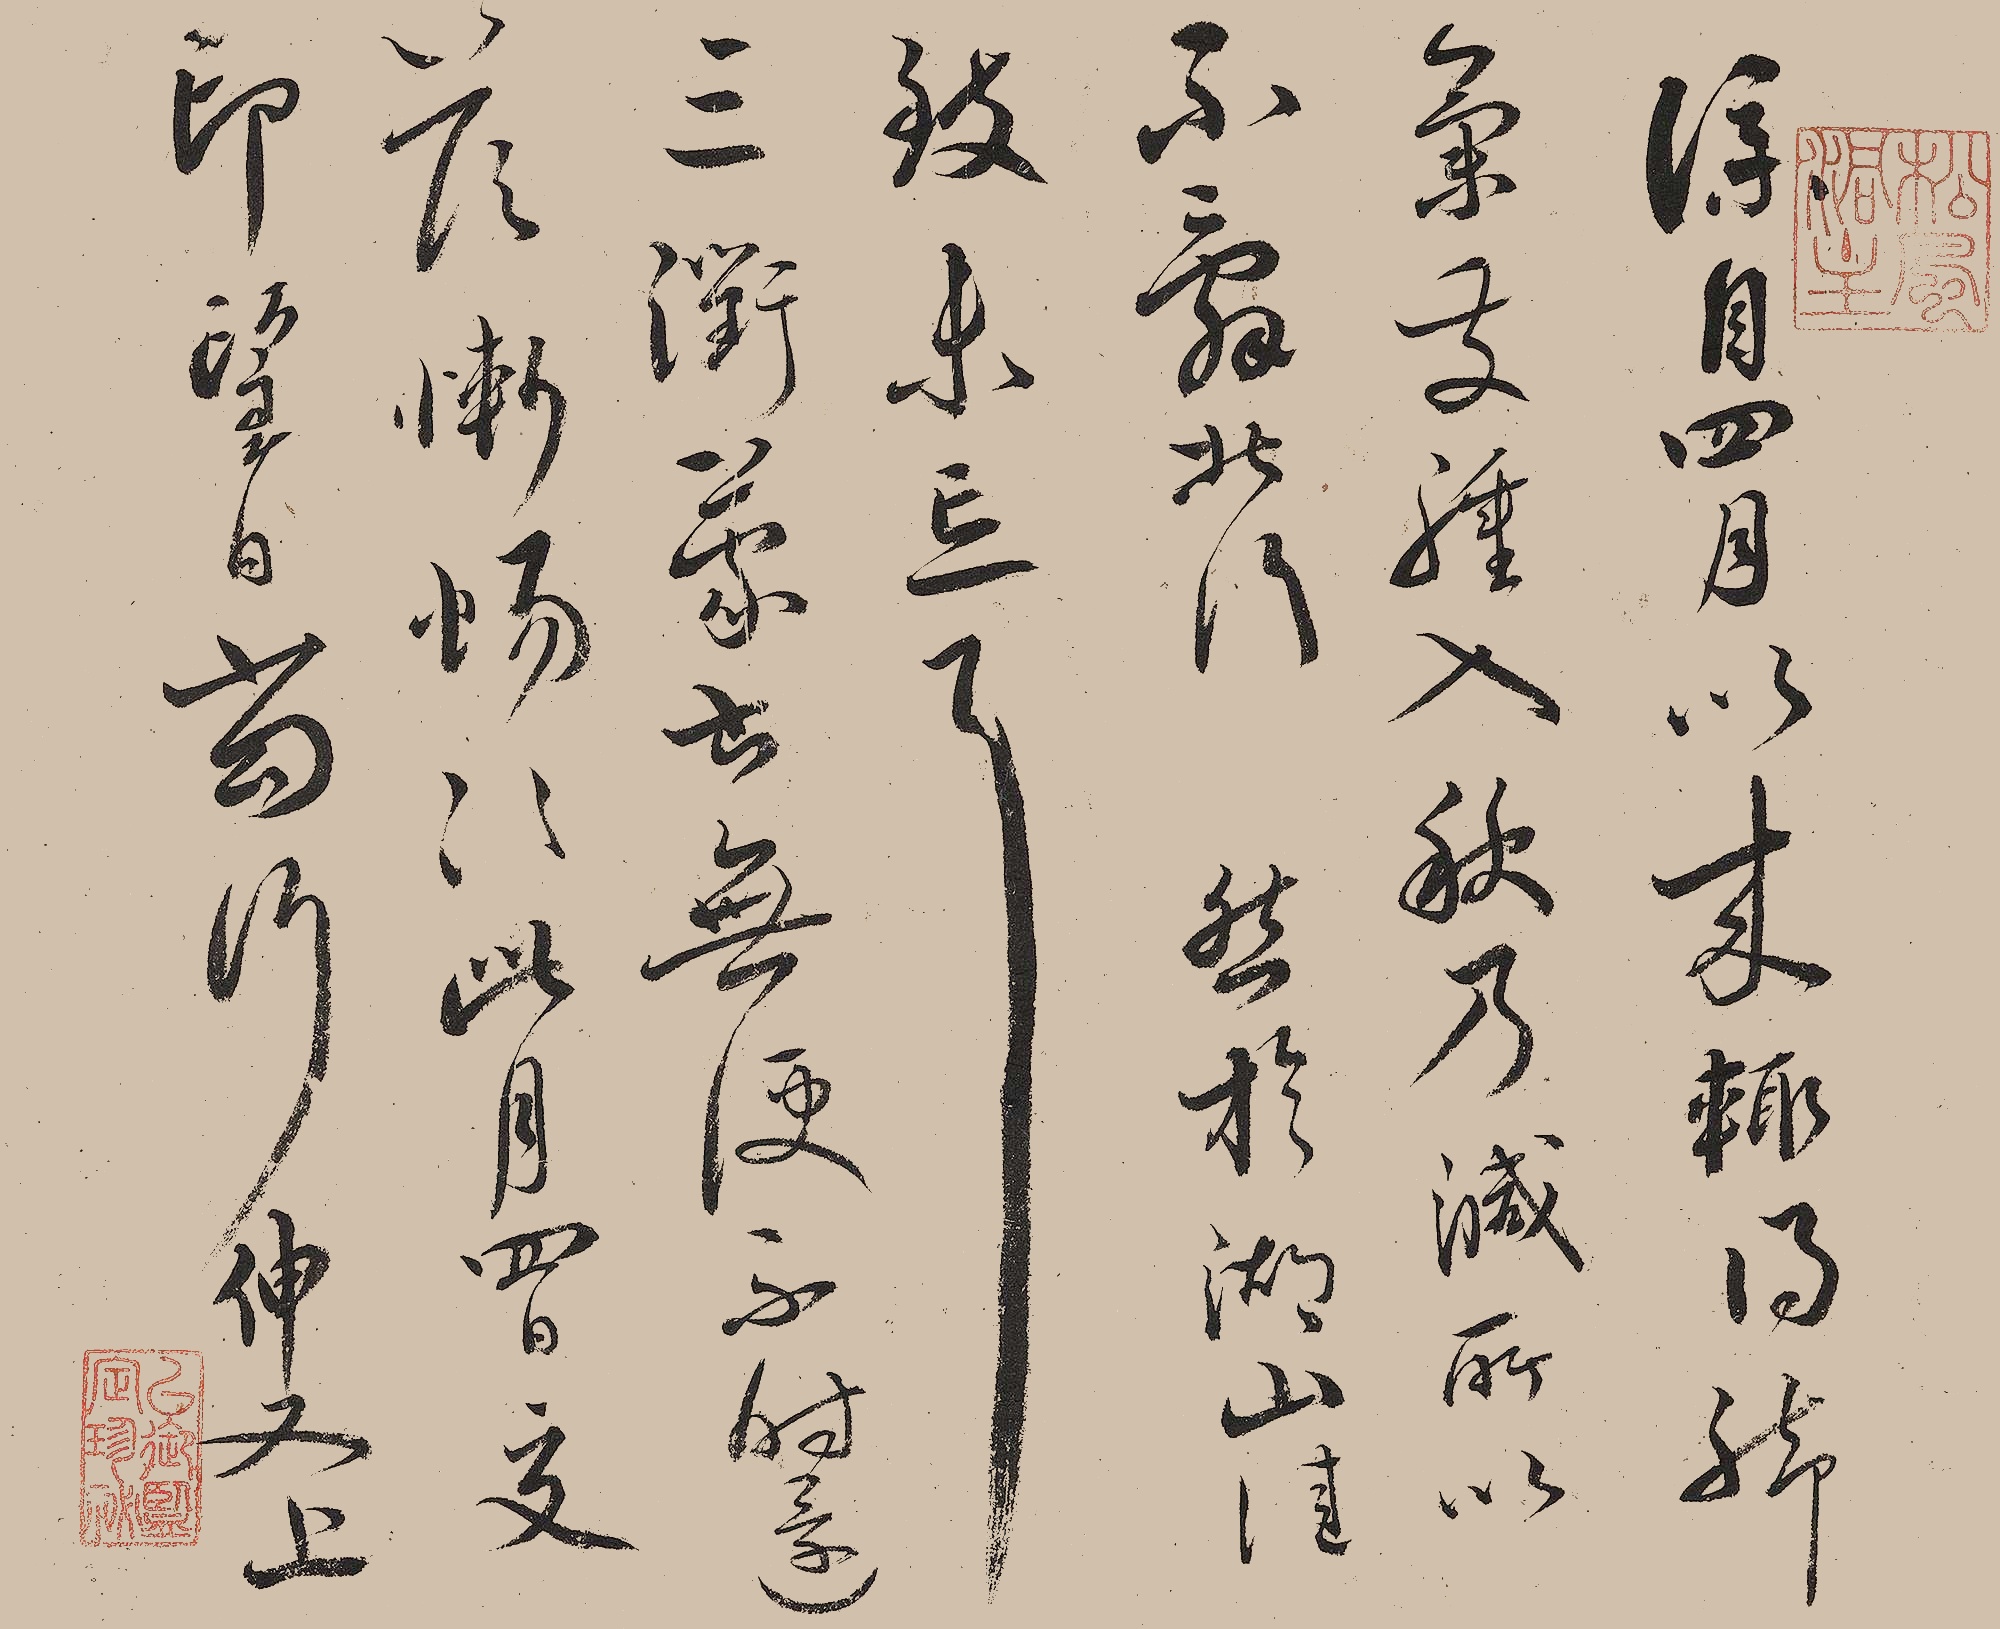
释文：仆自四月以来，辄得脚气发肿，入秋乃减，所以不辞北行，然于湖山佳致未忘耳。三衢蒙书，无便，不时还答，惭惕惭惕。此月四日交印，望日当行，伸又上。